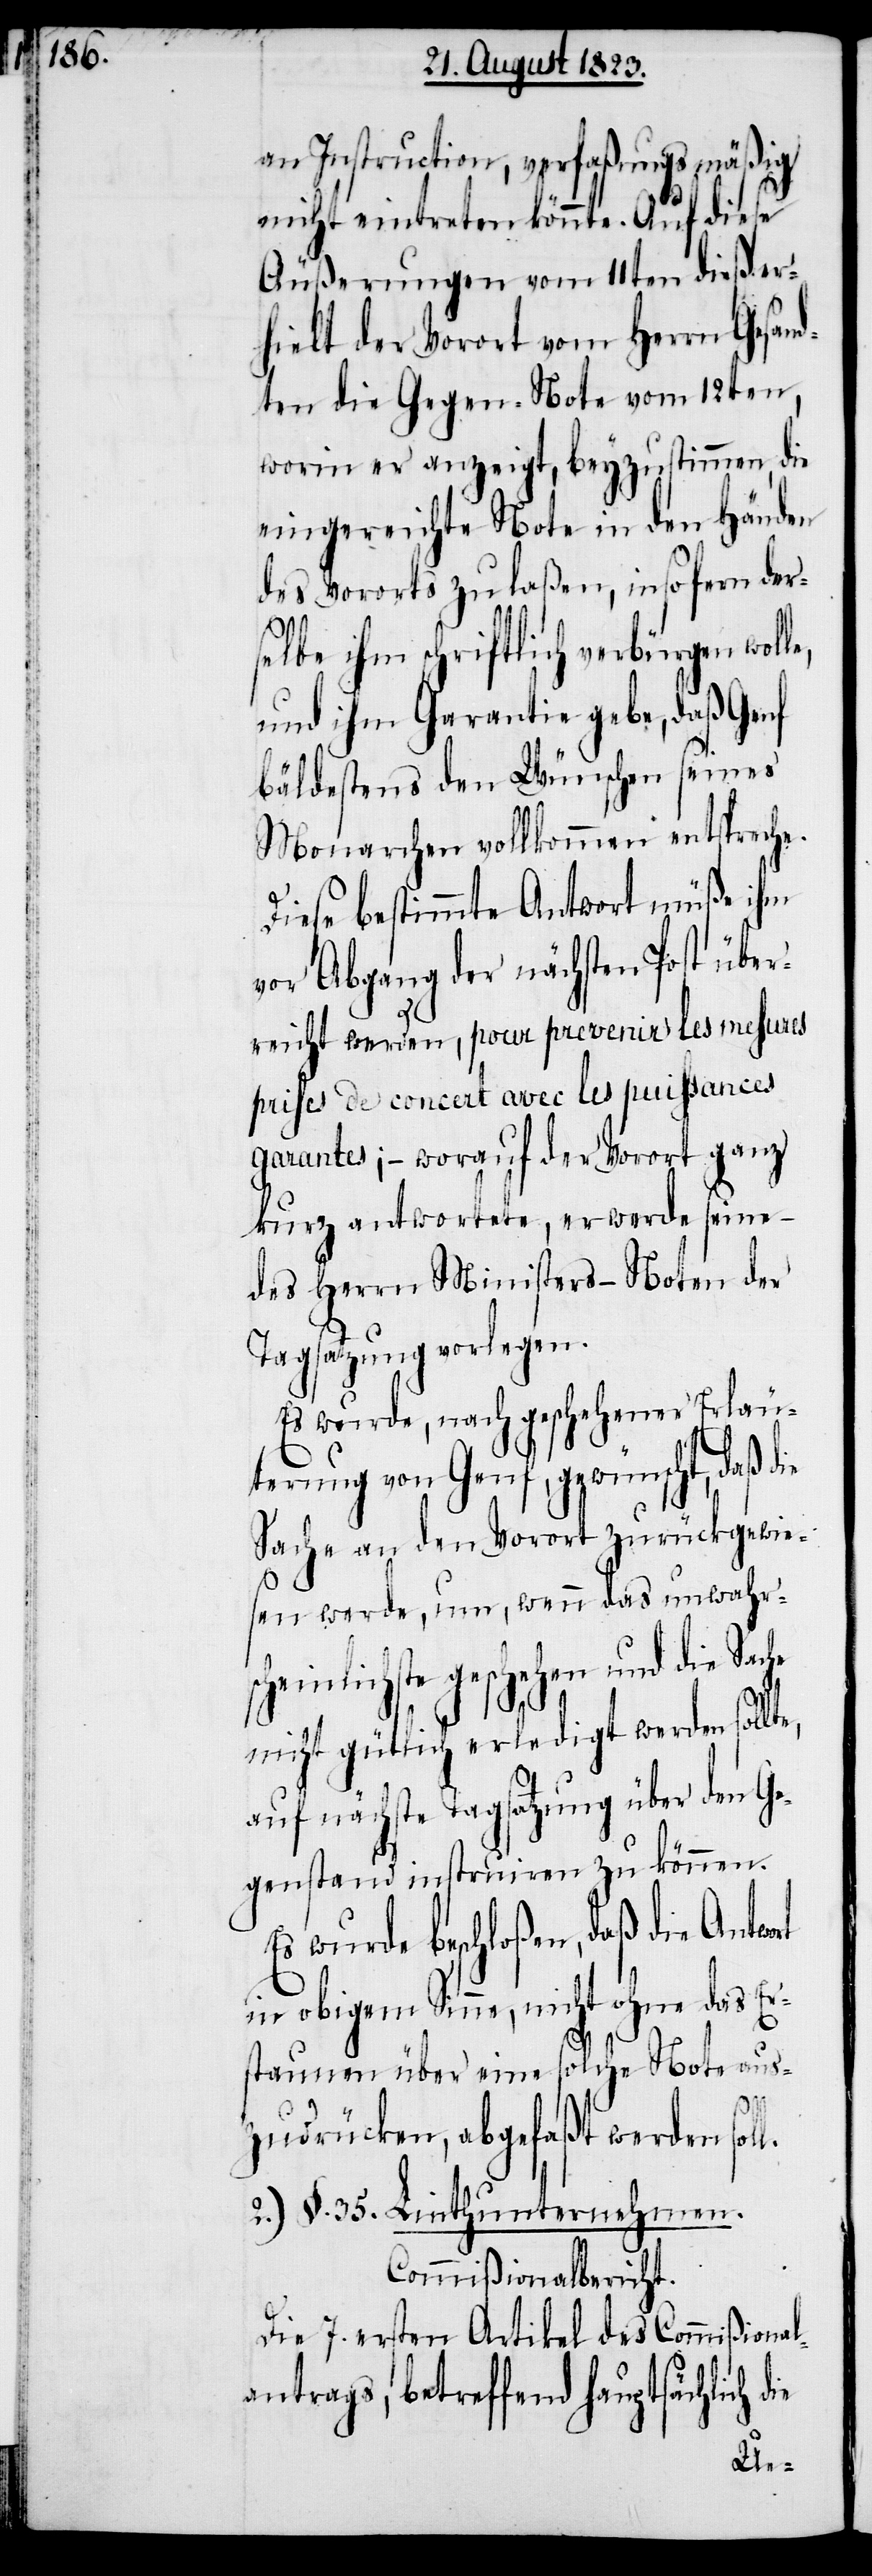
an Instruction, verfaßungsmäßig
nicht eintreten könnte. Auf diese
Äußerungen vom 11ten dieß er¬
hielt der Vorort vom Herrn Gesand¬
ten die Gegen-Note worin
er anzeigt, beyzustimmen, die
eingereichte Note in den Händen
des Vororts zu laßen, insofern der¬
l.
selbe ihm schriftlich verbürgen wolle,
und ihm Garantie gebe, daß Genf
bäldestens den Wünschen seines
Monarchen vollkommen entspreche.
Diese bestimmte Antwort müße ihm
vor Abgang der nächsten Post über¬
reicht werden, pour prevenir les mesures
prises de concert avec les puissances
garantes; − worauf der Vorort ganz
kurz antwortete, er werde seine
des Herrn Ministers – Noten der
Tagsatzung vorlegen.
Es wurde, nach geschehener Erläu¬
terung von Genf, gewünscht, daß die
Sache an den Vorort zurückgewie¬
sen werde, um, wenn das Unwahrsch¬
einlichste geschehen und die
nicht gütlich erledigt werden sollt¬
auf nächste Tagsatzung über den Ge¬
genstand instruiren zu können.
Es wurde beschloßen, daß die Antwo¬
in obigem Sinne, nicht ohne das Er¬
staunen über eine solche Note aus¬
zudrücken, abgefaßt werden sol¬
2.) §. 35. Linthunternehmen.
Commißionalbericht.
Die 7. ersten Artikel des Commißional¬
antrags, betreffend hauptsächlich